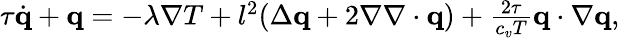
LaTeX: \begin{array}{r}{\tau\dot{\mathbf q}+\mathbf q=-\lambda\nabla T+l^{2}(\Delta\mathbf q+2\nabla\nabla\cdot\mathbf q)+\frac{2\tau}{c_{v}T}\mathbf q\cdot\nabla\mathbf q,}\end{array}